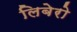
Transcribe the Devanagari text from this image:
लिबेरो